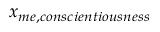
x _ { m e , c o n s c i e n t i o u s n e s s }